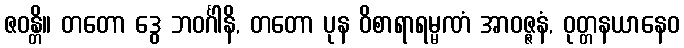
ဇဝန္တိ။ တတော ဒွေ ဘဝင်္ဂါနိ, တတော ပုန ဝိစာရာရမ္မဏံ အာဝဇ္ဇနံ, ဝုတ္တနယာနေဝ